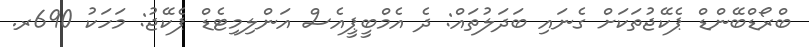
ބްރޯޑްބޭންޑް ޕެކޭޖުތަކަށް ގެނައި ބަދަލުތައް: ދެ އެމްބީޕީއެސް އަންލިމިޓެޑް ޕެކޭޖު: މަހަކު 690ރ.